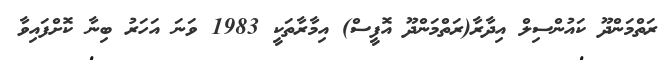
ރަތްމަންދޫ ކައުންސިލް އިދާރާ(ރަތްމަންދޫ އޮފީސް) އިމާރާތަކީ 1983 ވަނަ އަހަރު ބިނާ ކޮށްފައިވާ